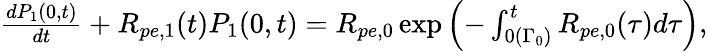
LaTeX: \begin{array}{r}{\frac{dP_{1}(0,t)}{dt}+R_{pe,1}(t)P_{1}(0,t)=R_{pe,0}\exp{\Bigl(-\int_{0(\Gamma_{0})}^{t}R_{pe,0}(\tau)d\tau\Bigr)},}\end{array}